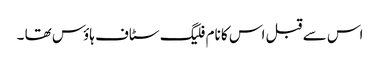
اس سے قبل اس کا نام فلیگ سٹاف ہاؤس تھا ۔